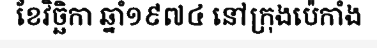
ខែវិច្ឆិកា ឆ្នាំ១៩៧៤ នៅក្រុងប៉េកាំង